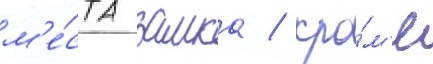
м'е́ста замка / кро́м'е